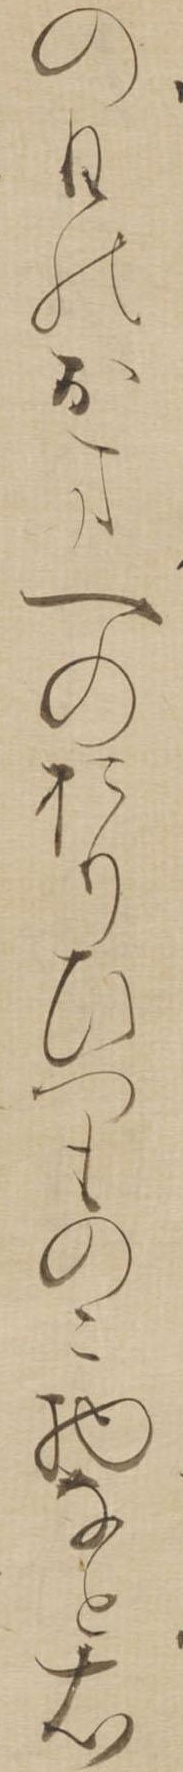
の日の御まへのおりひつものこ物なと右